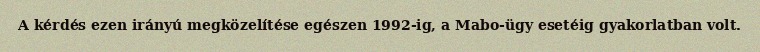
A kérdés ezen irányú megközelítése egészen 1992-ig, a Mabo-ügy esetéig gyakorlatban volt.